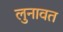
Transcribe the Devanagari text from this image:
लुनावत